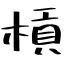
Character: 槓